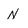
Character: N